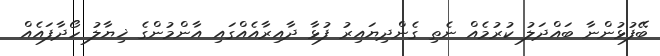
ބޭފުޅުންނާ ބައްދަލު ކުރުމެއް ނެތި ގެންދިޔައިރު ފުޅާ ދާއިރާއެއްގައި އާންމުންގެ ޚިޔާލު ހޯދާފައެއް